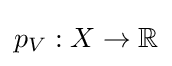
p_{V}:X\to \mathbb {R}